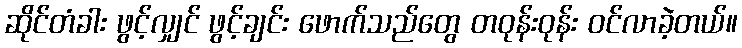
ဆိုင်တံခါး ဖွင့်လျှင် ဖွင့်ချင်း ဖောက်သည်တွေ တဝုန်းဝုန်း ဝင်လာခဲ့တယ်။